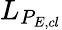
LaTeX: L_{P_{E,cl}}